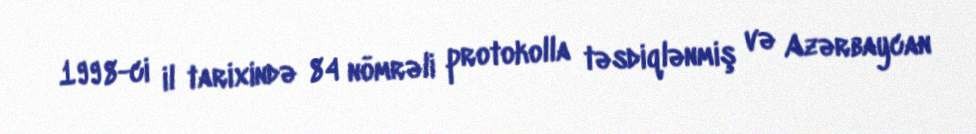
1998-ci il tarixində 84 nömrəli protokolla təsdiqlənmiş və Azərbaycan